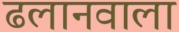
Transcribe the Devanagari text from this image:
ढलानवाला